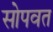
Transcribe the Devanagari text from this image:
सोपवत